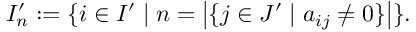
\begin{array} { r } { I _ { n } ^ { \prime } : = \{ i \in I ^ { \prime } \mid n = \left| \{ j \in J ^ { \prime } \mid a _ { i j } \neq 0 \} \right| \} . } \end{array}